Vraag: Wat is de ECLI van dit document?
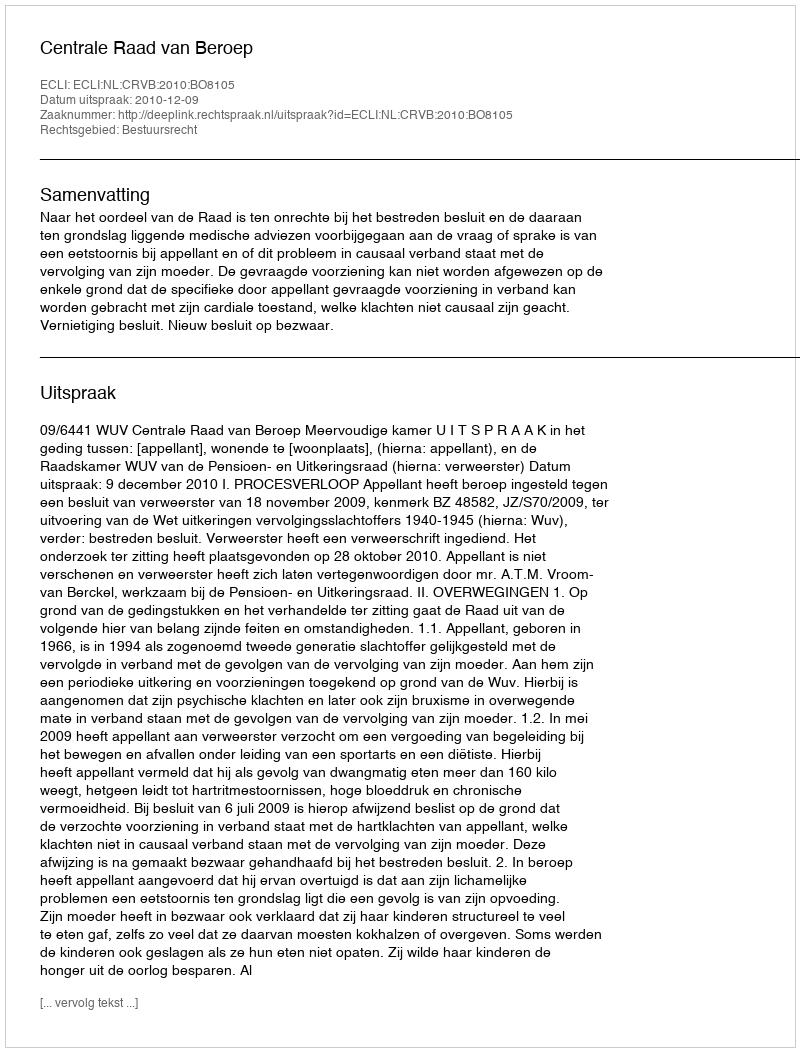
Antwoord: ECLI:NL:CRVB:2010:BO8105